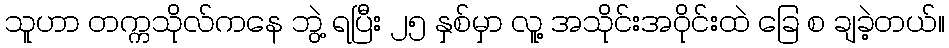
သူဟာ တက္ကသိုလ်ကနေ ဘွဲ့ ရပြီး ၂၅ နှစ်မှာ လူ့ အသိုင်းအဝိုင်းထဲ ခြေ စ ချခဲ့တယ်။